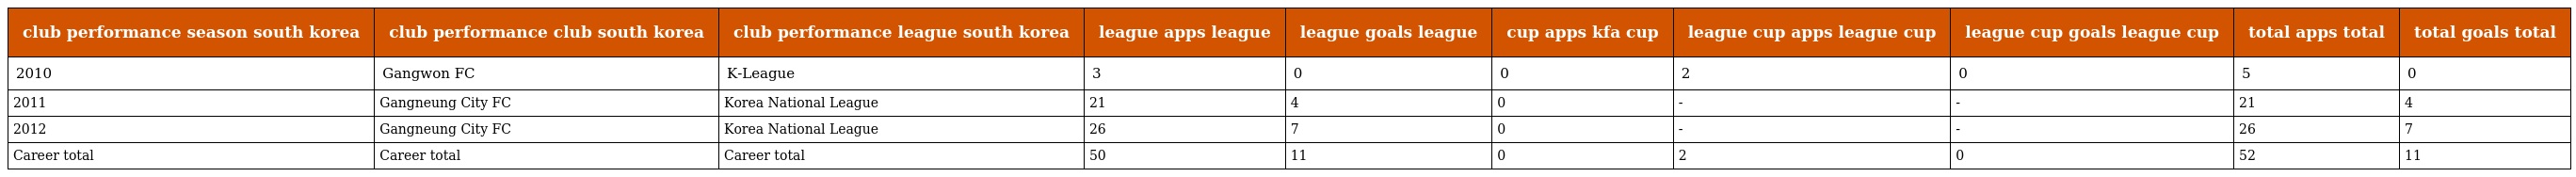
| club performance season south korea | club performance club south korea | club performance league south korea | league apps league | league goals league | cup apps kfa cup | league cup apps league cup | league cup goals league cup | total apps total | total goals total |
 | --- | --- | --- | --- | --- | --- | --- | --- | --- | --- |
 | 2010 | Gangwon FC | K-League | 3 | 0 | 0 | 2 | 0 | 5 | 0 |
 | 2011 | Gangneung City FC | Korea National League | 21 | 4 | 0 | - | - | 21 | 4 |
 | 2012 | Gangneung City FC | Korea National League | 26 | 7 | 0 | - | - | 26 | 7 |
 | Career total | Career total | Career total | 50 | 11 | 0 | 2 | 0 | 52 | 11 |